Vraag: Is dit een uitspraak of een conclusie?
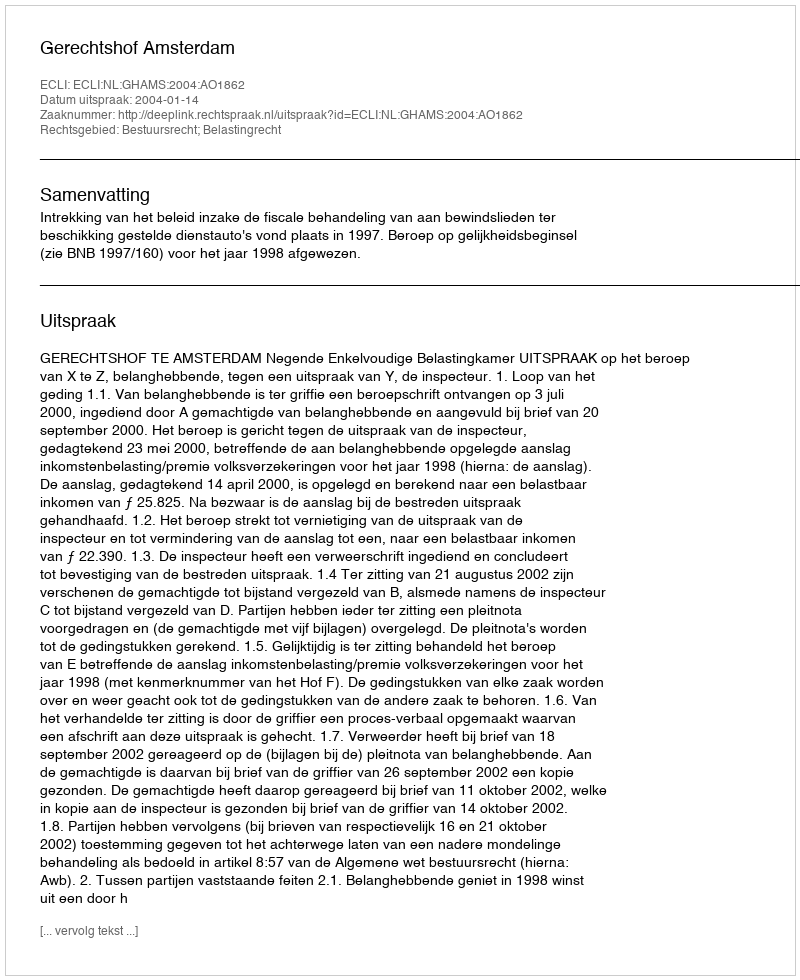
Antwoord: Uitspraak